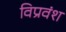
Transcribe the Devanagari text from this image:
विप्रवंश